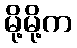
မို့မို့က